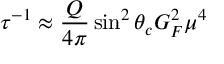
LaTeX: \tau ^ { - 1 } \approx \frac { Q } { 4 \pi } \sin ^ { 2 } \theta _ { c } G _ { F } ^ { 2 } \mu ^ { 4 }